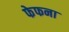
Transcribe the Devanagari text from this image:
फेफना